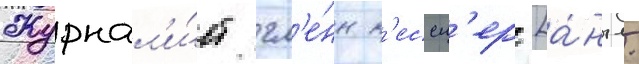
Журнал'и́ст гл'е́нн к'ессл'ер [а́нгл.